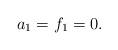
LaTeX: \begin{align*} a_1=f_1=0.\end{align*}